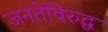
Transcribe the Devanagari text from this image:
जनतेविरुद्ध